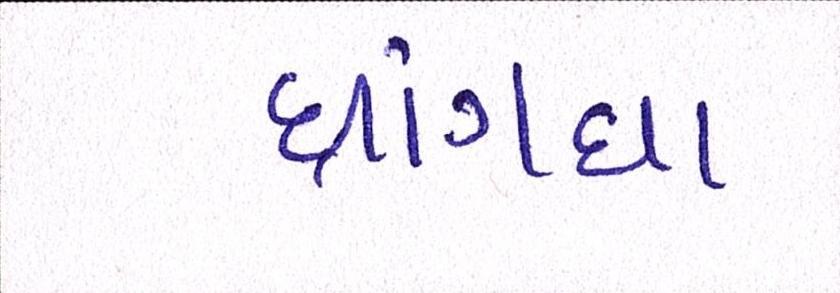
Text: ધ્રાંગધ્રા